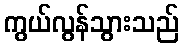
ကွယ်လွန်သွားသည်